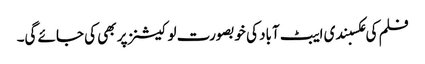
فلم کی عکسبندی ایبٹ آباد کی خوبصورت لوکیشنز پر بھی کی جائے گی۔